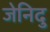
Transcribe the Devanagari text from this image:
जेनिदु